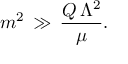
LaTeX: m ^ { 2 } \, \gg \, \frac { Q \, \Lambda ^ { 2 } } { \mu } .